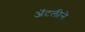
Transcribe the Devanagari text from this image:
अॅटलीने